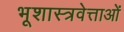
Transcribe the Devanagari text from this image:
भूशास्त्रवेत्ताओं